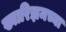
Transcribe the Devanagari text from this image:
ख्वारिझमच्या